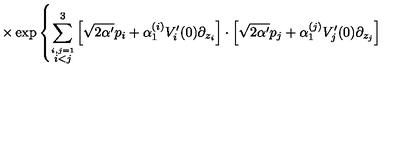
\times \exp \left\{ \sum _ { \stackrel { i , j = 1 } { i < j } } ^ { 3 } \left[ \sqrt { 2 \alpha ^ { \prime } } p _ { i } + \alpha _ { 1 } ^ { ( i ) } V _ { i } ^ { \prime } ( 0 ) \partial _ { z _ { i } } \right] \cdot \left[ \sqrt { 2 \alpha ^ { \prime } } p _ { j } + \alpha _ { 1 } ^ { ( j ) } V _ { j } ^ { \prime } ( 0 ) \partial _ { z _ { j } } \right] \right.